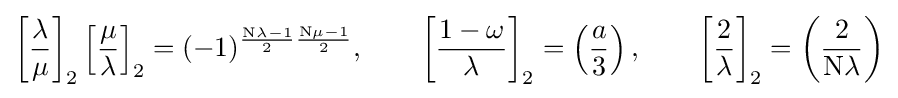
\left[{\frac {\lambda }{\mu }}\right]_{2}\left[{\frac {\mu }{\lambda }}\right]_{2}=(-1)^{{\frac {\mathrm {N} \lambda -1}{2}}{\frac {\mathrm {N} \mu -1}{2}}},\qquad \left[{\frac {1-\omega }{\lambda }}\right]_{2}=\left({\frac {a}{3}}\right),\qquad \left[{\frac {2}{\lambda }}\right]_{2}=\left({\frac {2}{\mathrm {N} \lambda }}\right)